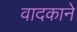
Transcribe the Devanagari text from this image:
वादकाने